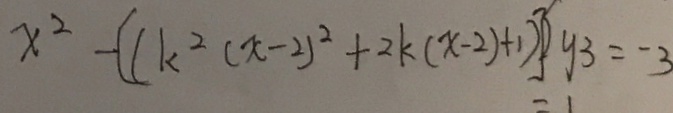
x ^ { 2 } - [ ( k ^ { 2 } ( x - 2 ) ^ { 2 } + 2 k ( x - 2 ) + 1 ) ] y 3 = - 3